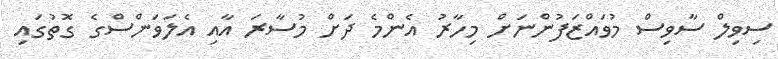
ސިވިލް ސާވިސް މުވައްޒަފުންނަށް މިހާރު އެންމެ ދަށް މުސާރަ އާއި އެލަވަންސްގެ ގޮތުގައި